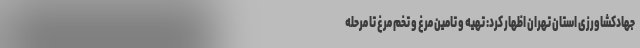
جهادکشاورزی استان تهران اظهار کرد: تهیه و تامین مرغ و تخم مرغ تا مرحله